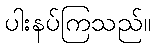
ပါးနပ်ကြသည်။